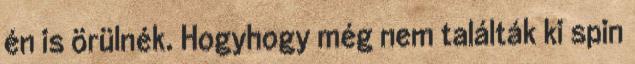
én is örülnék. Hogyhogy még nem találták ki spin